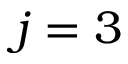
j = 3